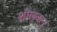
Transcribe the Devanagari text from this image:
शीलवान्